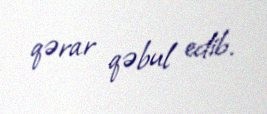
qərar qəbul edib.